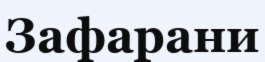
Зафарани